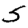
Digit: 5